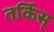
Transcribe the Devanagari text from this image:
तर्किस्